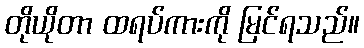
တိုယိုတာ ထရပ်ကားကို မြင်ရသည်။